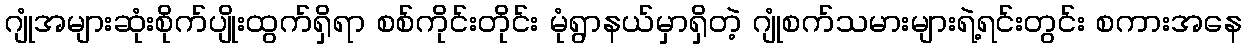
ဂျုံအများဆုံးစိုက်ပျိုးထွက်ရှိရာ စစ်ကိုင်းတိုင်း မုံရွာနယ်မှာရှိတဲ့ ဂျုံစက်သမားများရဲ့ရင်းတွင်း စကားအနေ